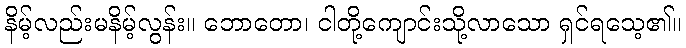
နိမ့်လည်းမနိမ့်လွန်း။ ဘောတော၊ ငါတို့ကျောင်းသို့လာသော ရှင်ရသေ့၏။